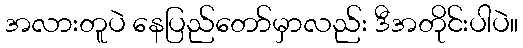
အလားတူပဲ နေပြည်တော်မှာလည်း ဒီအတိုင်းပါပဲ။